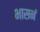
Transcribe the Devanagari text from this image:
भासनं